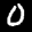
Label: 0